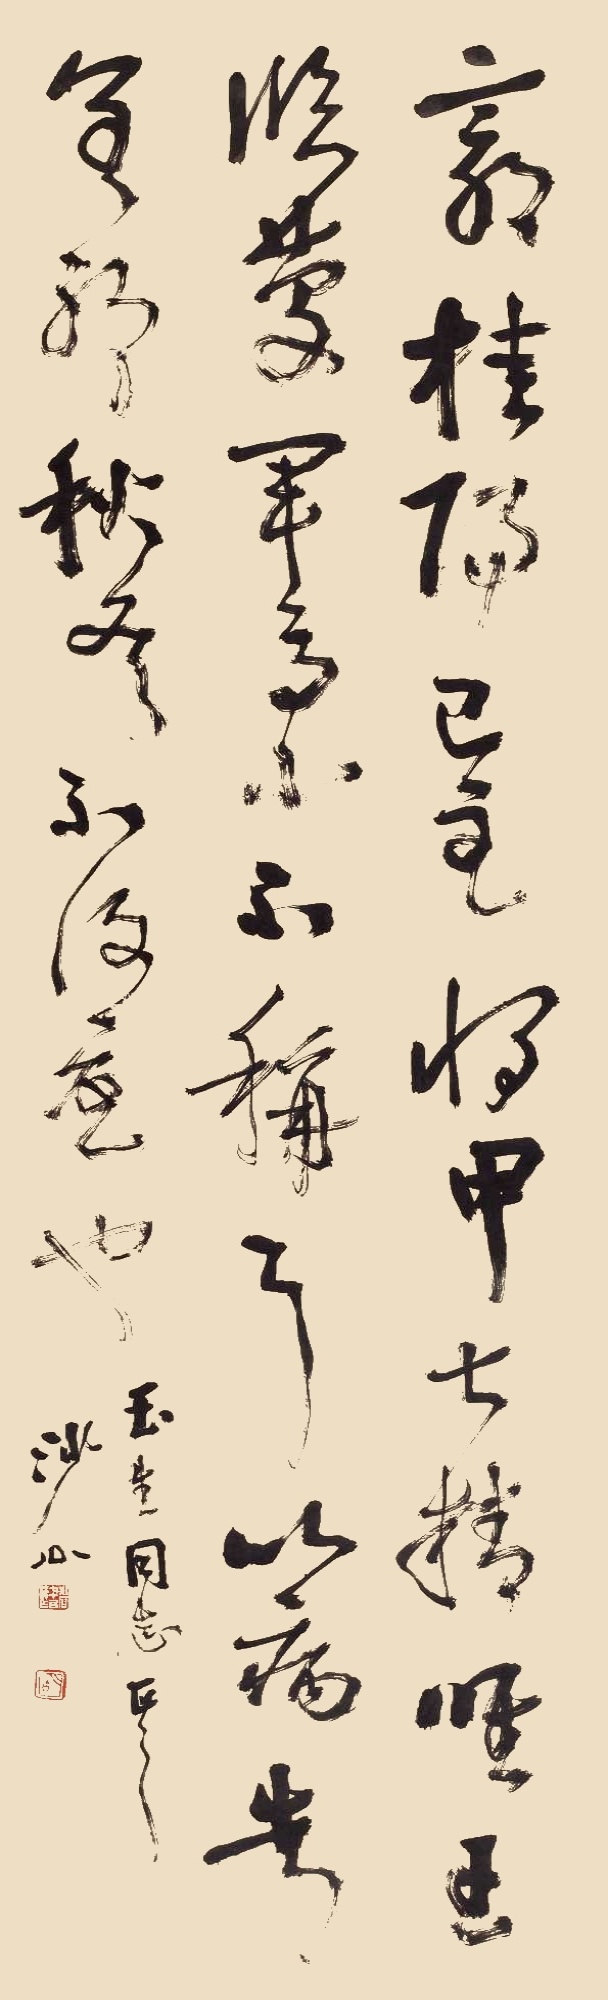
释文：郭桂阳已至，将甲甚精。唯王临庆军马小不称耳，以病告皆差耶，秋冬不复忧病也。玉生同志正之。沙公。